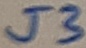
Text: J3